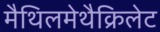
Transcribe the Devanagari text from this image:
मैथिलमेथैक्रिलेट